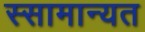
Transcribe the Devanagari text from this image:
स्सामान्यत